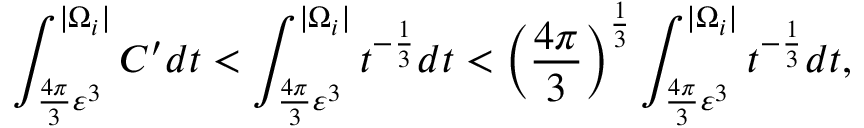
\int _ { \frac { 4 \pi } { 3 } \varepsilon ^ { 3 } } ^ { | \Omega _ { i } | } C ^ { \prime } d t < \int _ { \frac { 4 \pi } { 3 } \varepsilon ^ { 3 } } ^ { | \Omega _ { i } | } t ^ { - \frac { 1 } { 3 } } d t < \left( \frac { 4 \pi } { 3 } \right) ^ { \frac { 1 } { 3 } } \int _ { \frac { 4 \pi } { 3 } \varepsilon ^ { 3 } } ^ { | \Omega _ { i } | } t ^ { - \frac { 1 } { 3 } } d t ,